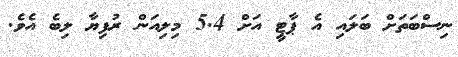
ނިސްބަތަށް ބަލައި އެ ޕާޓީ އަށް 5.4 މިލިއަން ރުފިޔާ ލިބެ އެވެ.